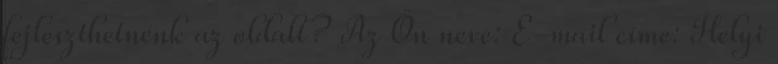
fejleszthetnénk az oldalt? Az Ön neve: E-mail címe: Helyi